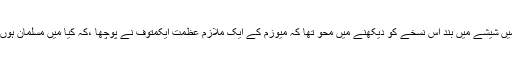
میں شیشے میں بند اس نسخے کو دیکھنے میں محو تھا کہ میوزم کے ایک ملازم عظمت ایکمتوف نے پوچھا ،کہ کیا میں مسلمان ہوں؟